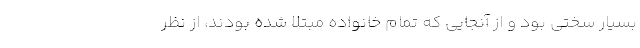
بسیار سختی بود و از آنجایی که تمام خانواده مبتلا شده بودند، از نظر